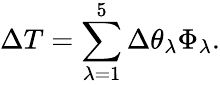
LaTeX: \Delta T=\sum_{\lambda=1}^{5}\Delta\theta_{\lambda}\Phi_{\lambda}.